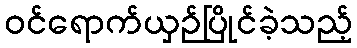
ဝင်ရောက်ယှဉ်ပြိုင်ခဲ့သည့်